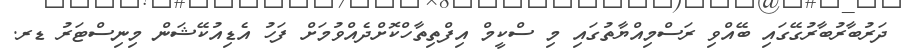
ދަރުބާރުބާރުގޭގައި ބޭއްވި ރަސްމިއްޔާތުގައި މި ސްކީމް އިފްތިތާހްކޮށްދެއްވުމަށް ފަހު އެޑިއުކޭޝަން މިނިސްޓަރު ޑރ.